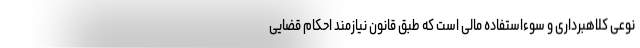
نوعی کلاهبرداری و سوءاستفاده مالی است که طبق قانون نیازمند احکام قضایی